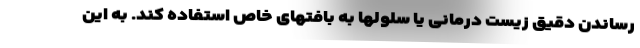
رساندن دقیق زیست درمانی یا سلولها به بافتهای خاص استفاده کند. به این